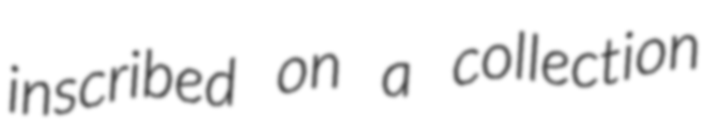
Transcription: inscribed on a collection